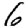
Digit: 6